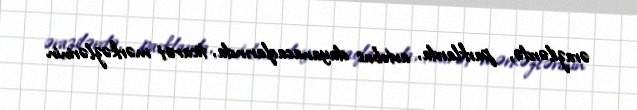
ərazilərdə, parklarda, avtobus dayanacaqlarında, ticarət mərkəzlərinin